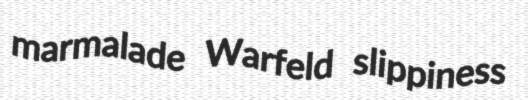
marmalade Warfeld slippiness